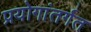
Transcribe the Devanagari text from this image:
प्रयोगांतर्गत